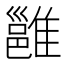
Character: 雝